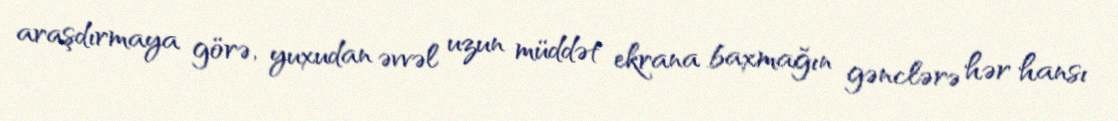
araşdırmaya görə, yuxudan əvvəl uzun müddət ekrana baxmağın gənclərə hər hansı